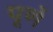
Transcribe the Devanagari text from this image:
पूर्णे